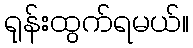
ရုန်းထွက်ရမယ်။